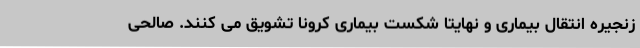
زنجیره انتقال بیماری و نهایتا شکست بیماری کرونا تشویق می کنند. صالحی